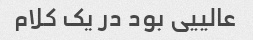
عالییی بود در یک کلام